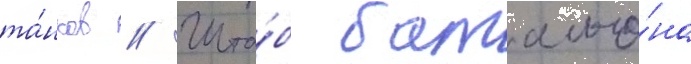
та́нков // Шта́б батальо́на